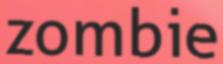
zombie